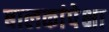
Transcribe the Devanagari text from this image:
बालकांपेक्षा